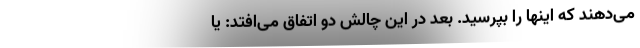
می‌دهند که اینها را بپرسید. بعد در این چالش دو اتفاق می‌افتد: یا